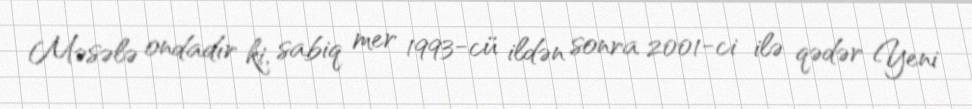
Məsələ ondadır ki, sabiq mer 1993-cü ildən sonra 2001-ci ilə qədər Yeni